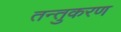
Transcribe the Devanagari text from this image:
तन्तुकरण